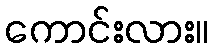
ကောင်းလား။